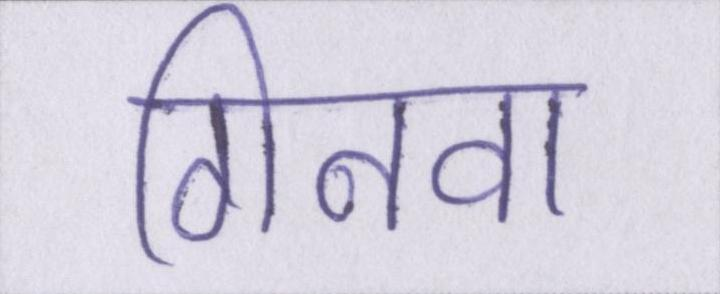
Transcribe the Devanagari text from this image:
गिनवा